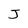
Character: J